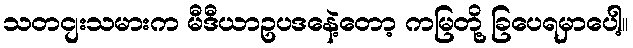
သတငျးသမားက မီဒီယာဥပဒနေဲ့တော့ ကမြတို့ ခြပေရမှာပေါ့။